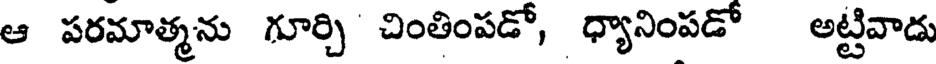
ఆ పరమాత్మను గూర్చి చింతింపడో, ధ్యానింపడో అట్టివాడు